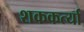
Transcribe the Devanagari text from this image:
शककर्त्या